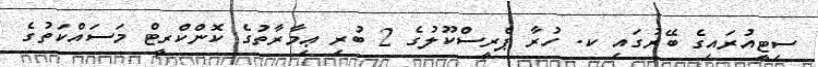
ސިޓީއުރައިގެ ބޭރުގައި ކ. ހުރާ ޕްރީސްކޫލުގެ 2 ބުރި ޢިމާރާތުގެ ކޮންކްރީޓް މަސައްކަތުގެ